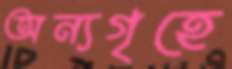
অন্যগৃহে